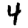
Digit: 4